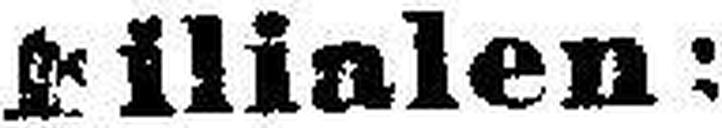
Filialen: